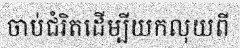
ចាប់ជំរិតដើម្បីយកលុយពី